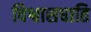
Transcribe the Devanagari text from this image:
विश्वासघाति